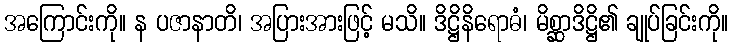
အကြောင်းကို။ န ပဇာနာတိ၊ အပြားအားဖြင့် မသိ။ ဒိဋ္ဌိနိရောဓံ၊ မိစ္ဆာဒိဋ္ဌိ၏ ချုပ်ခြင်းကို။